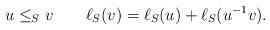
\begin{align*}u\leq_{S}v\quad\quad\ell_{S}(v)=\ell_{S}(u)+\ell_{S}(u^{-1}v).\end{align*}